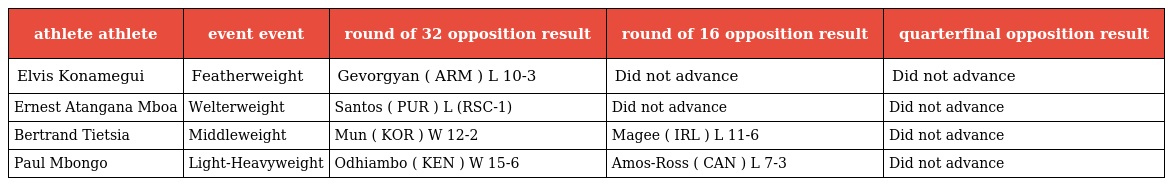
| athlete athlete | event event | round of 32 opposition result | round of 16 opposition result | quarterfinal opposition result |
 | --- | --- | --- | --- | --- |
 | Elvis Konamegui | Featherweight | Gevorgyan ( ARM ) L 10-3 | Did not advance | Did not advance |
 | Ernest Atangana Mboa | Welterweight | Santos ( PUR ) L (RSC-1) | Did not advance | Did not advance |
 | Bertrand Tietsia | Middleweight | Mun ( KOR ) W 12-2 | Magee ( IRL ) L 11-6 | Did not advance |
 | Paul Mbongo | Light-Heavyweight | Odhiambo ( KEN ) W 15-6 | Amos-Ross ( CAN ) L 7-3 | Did not advance |